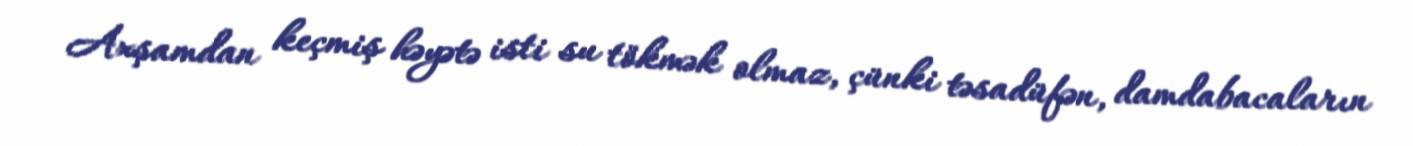
Axşamdan keçmiş həyətə isti su tökmək olmaz, çünki təsadüfən, damdabacaların